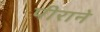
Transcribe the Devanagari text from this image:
पीराने